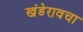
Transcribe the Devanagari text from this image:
खंडेरावचा